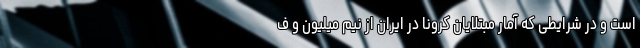
است و در شرایطی که آمار مبتلایان کرونا در ایران از نیم میلیون و ف